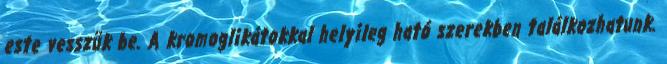
este vesszük be. A kromoglikátokkal helyileg ható szerekben találkozhatunk.